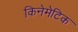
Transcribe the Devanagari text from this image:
किनेमेटिक